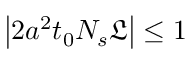
\left| 2 a ^ { 2 } t _ { 0 } N _ { s } \mathfrak { L } \right| \leq 1